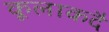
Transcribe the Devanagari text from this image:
कूलाकदै